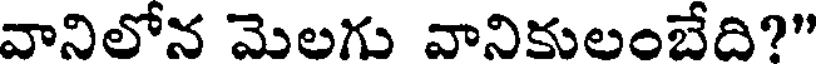
వానిలోన మెలగు వానికులంబేది?"